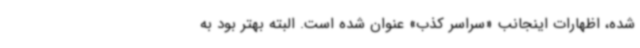
شده، اظهارات اینجانب «سراسر کذب» عنوان شده است. البته بهتر بود به